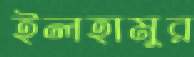
ইলহামুর